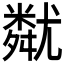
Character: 𡰚